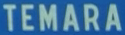
TEMARA